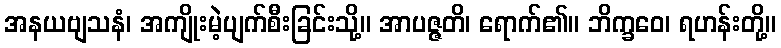
အနယဗျသနံ၊ အကျိုးမဲ့ပျက်စီးခြင်းသို့။ အာပဇ္ဇတိ၊ ရောက်၏။ ဘိက္ခဝေ၊ ရဟန်းတို့။